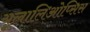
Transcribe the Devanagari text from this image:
यूलालिओप्सिस